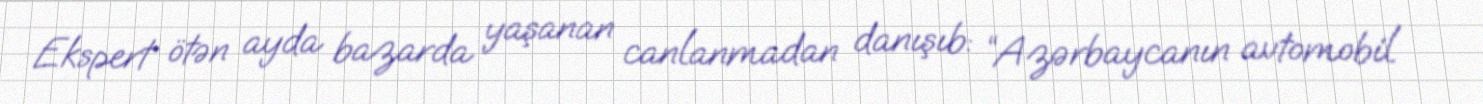
Ekspert ötən ayda bazarda yaşanan canlanmadan danışıb: “Azərbaycanın avtomobil